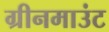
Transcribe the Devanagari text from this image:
ग्रीनमाउंट